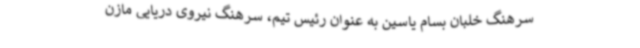
سرهنگ خلبان بسام یاسین به عنوان رئیس تیم، سرهنگ نیروی دریایی مازن